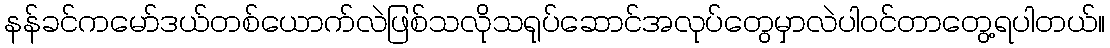
နန်ခင်ကမော်ဒယ်တစ်ယောက်လဲဖြစ်သလိုသရုပ်ဆောင်အလုပ်တွေမှာလဲပါဝင်တာတွေ့ရပါတယ်။